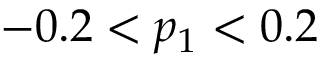
- 0 . 2 < p _ { 1 } < 0 . 2